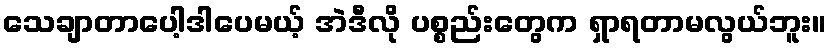
သေချာတာပေါ့ဒါပေမယ့် အဲဒီလို ပစ္စည်းတွေက ရှာရတာမလွယ်ဘူး။